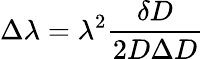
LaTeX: \Delta\lambda=\lambda^{2}{\frac{\delta D}{2D\Delta D}}